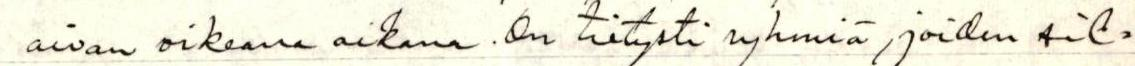
aivan oikeana aikana. On tietysti ryhmiä, joiden sil-